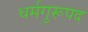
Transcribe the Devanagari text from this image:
धर्मगुरूपद